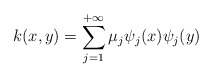
\begin{align*}k(x,y) = \sum_{j=1}^{+\infty}\mu_j\psi_j(x) \psi_j(y)\end{align*}